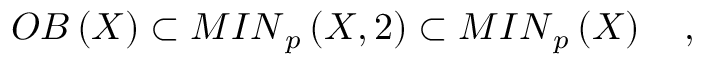
{ \cal O B } \left( X \right) \subset { \cal M I N } _ { p } \left( X , 2 \right) \subset { \cal M I N } _ { p } \left( X \right) \quad ,